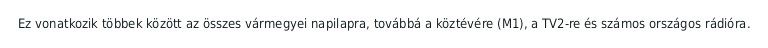
Ez vonatkozik többek között az összes vármegyei napilapra, továbbá a köztévére (M1), a TV2-re és számos országos rádióra.